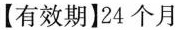
【有效期】24个月